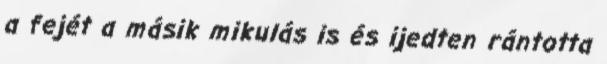
a fejét a másik mikulás is és ijedten rántotta